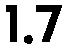
1.7